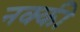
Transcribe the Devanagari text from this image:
नक्‍की